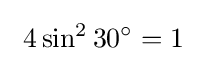
\ 4\sin ^{2}30^{\circ }=1\